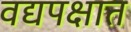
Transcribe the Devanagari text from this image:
वद्यपक्षात